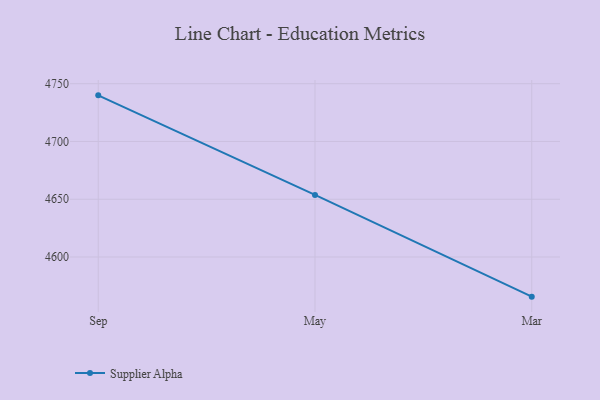
{"axis": {"x": "Month", "y": "Budget (USD K)"}, "legend": ["Supplier Alpha"], "data": [{"x": "Sep", "y": 4739.9, "type": "Supplier Alpha"}, {"x": "May", "y": 4653.7, "type": "Supplier Alpha"}, {"x": "Mar", "y": 4565.7, "type": "Supplier Alpha"}]}